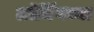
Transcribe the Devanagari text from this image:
लॉचिंगच्या